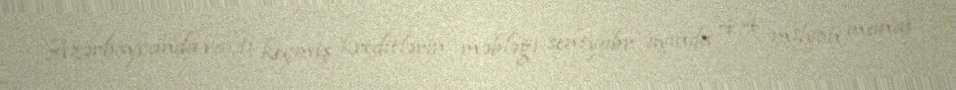
Azərbaycanda vaxtı keçmiş kreditlərin məbləği sentyabr ayında 4,4 milyon manat